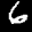
Label: 6